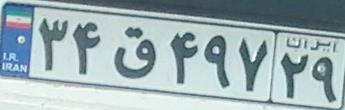
۳۴ق۴۹۷۲۹